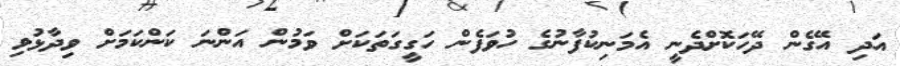
އަދި އޭގެން ދޭހަކޮށްދެނީ އެމަނިކުފާނުގެ ހުވަފެން ހަގީގަތަކަށް ވަމުން އަންނަ ކަންކަމަށް ވިދާޅުވި